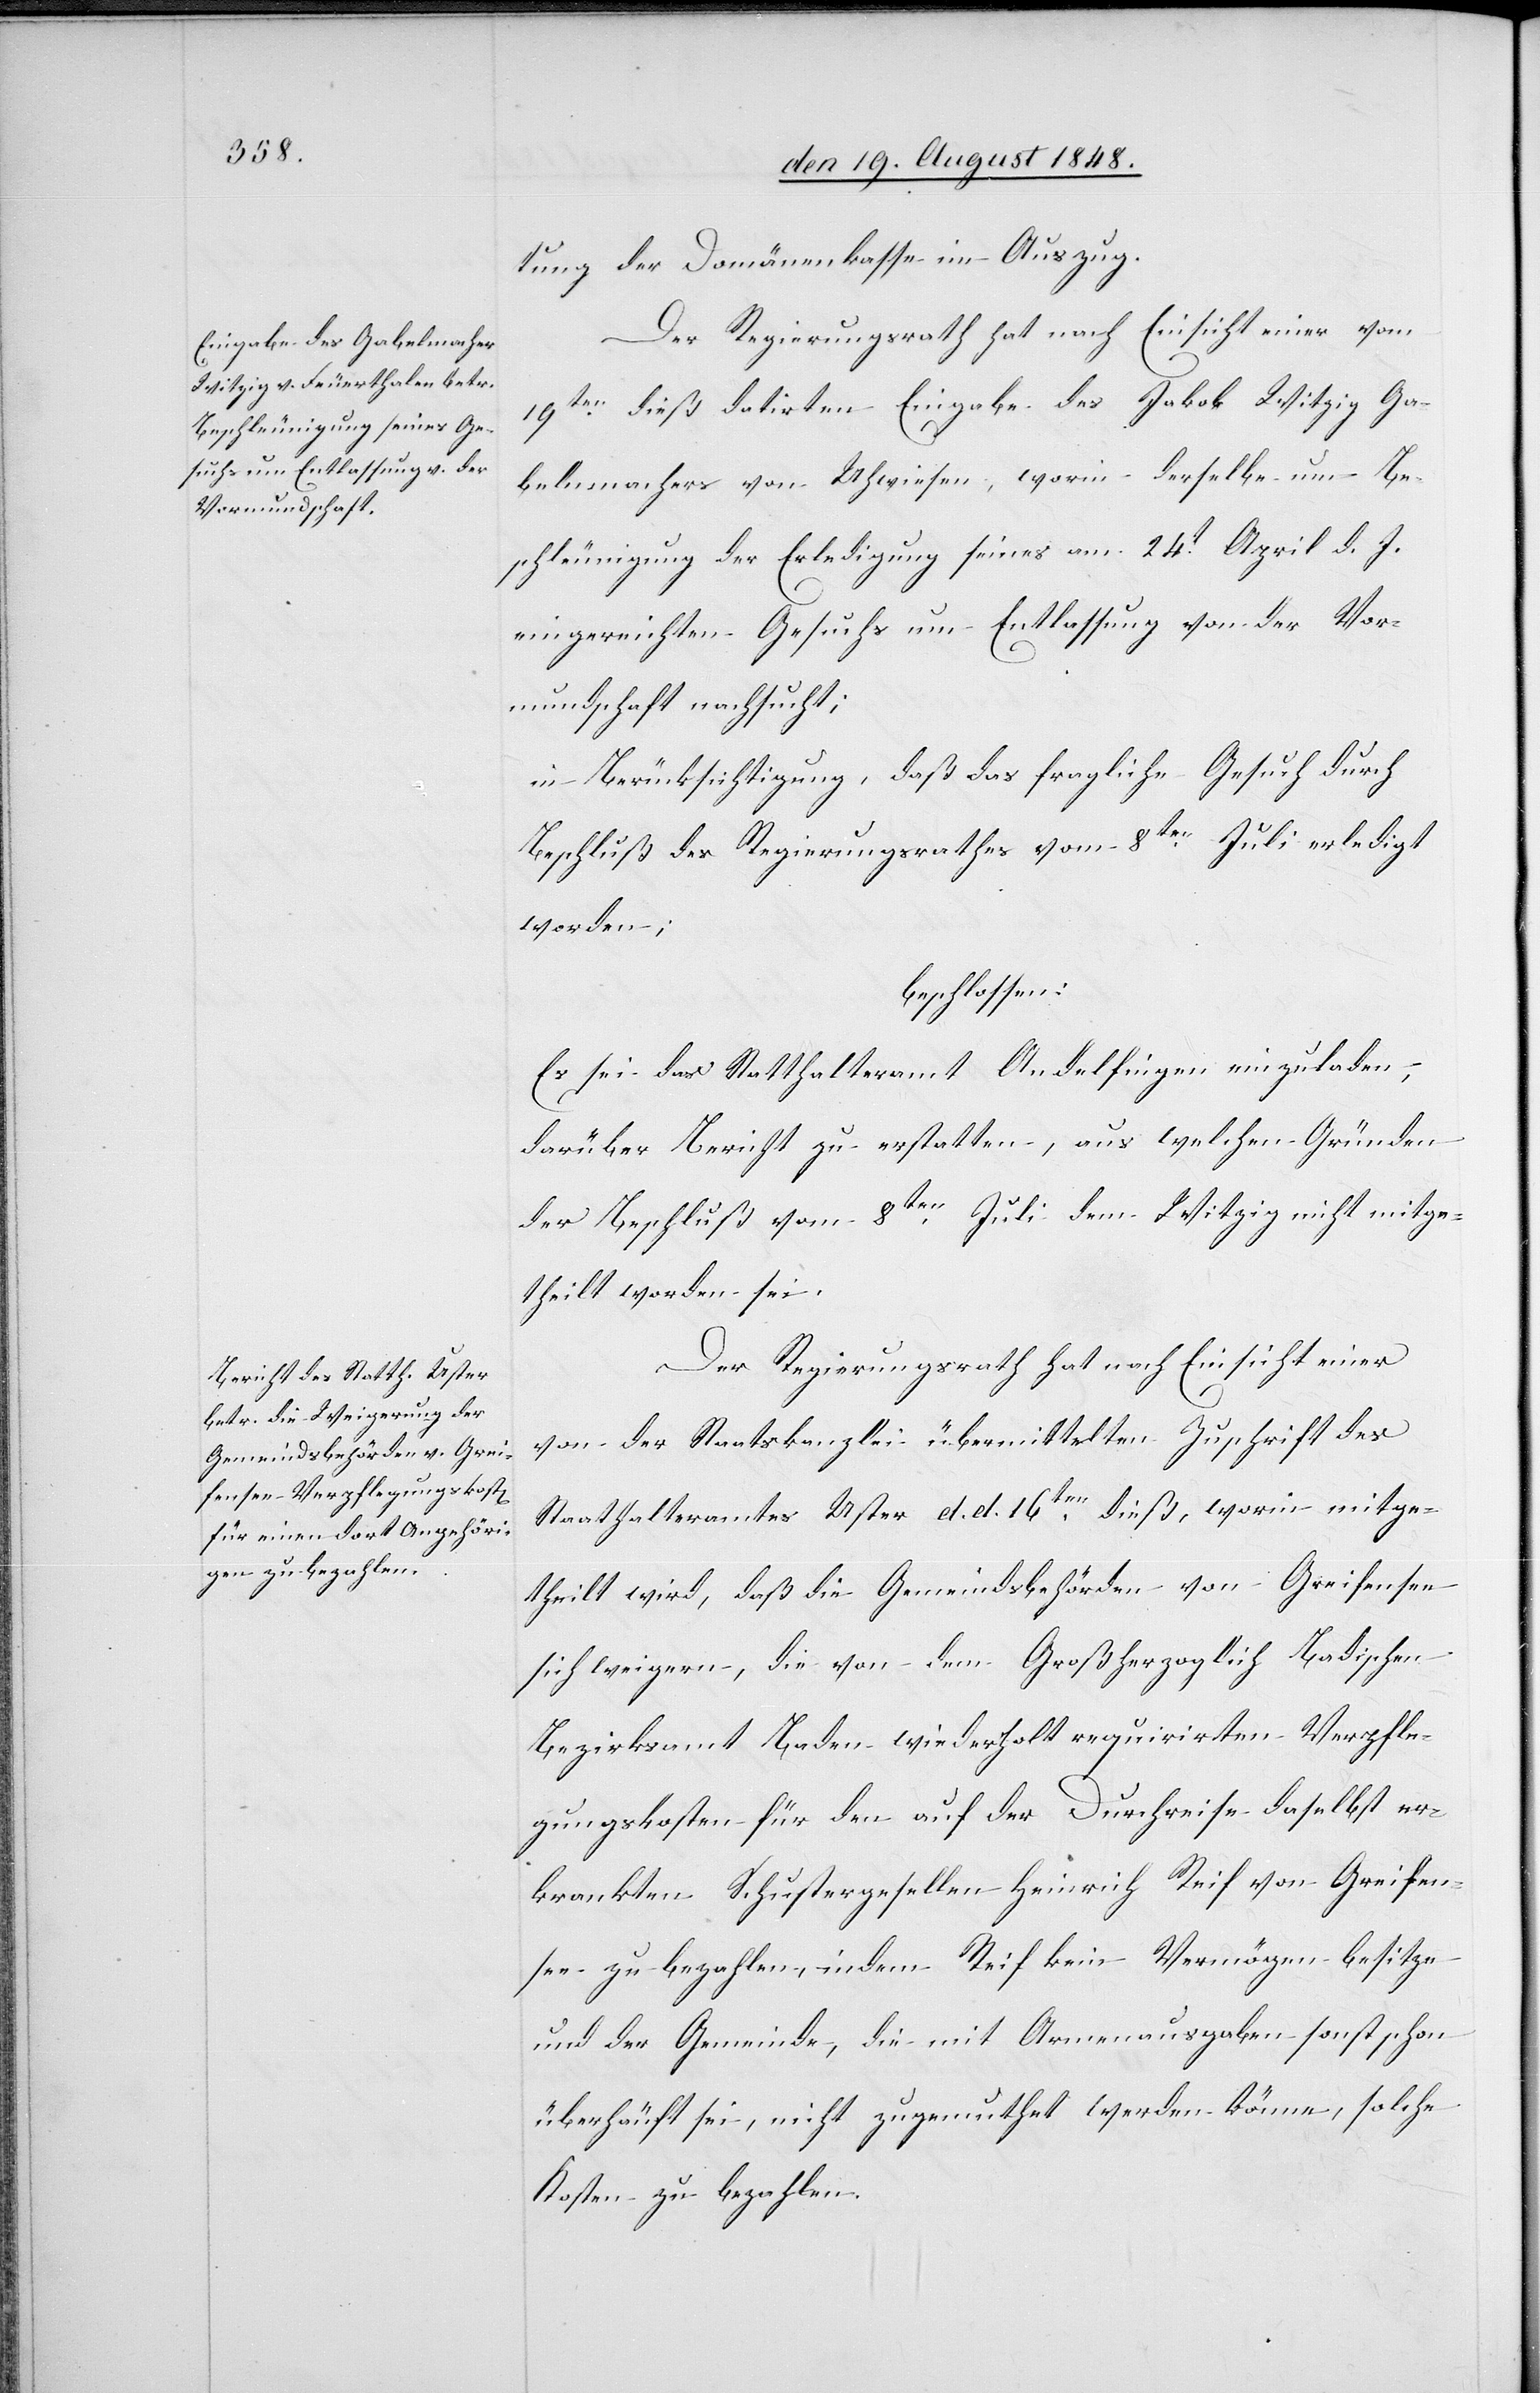
tung der Domänenkasse in Auszug.
Der Regierungsrath hat nach Einsicht einer vom
19ten dieß datirten Eingabe des Jakob Witzig Ga¬
belmachers von Uhwiesen, worin derselbe um Be¬
schleunigung der Erledigung seines am 24t April d. J.
eingereichten Gesuchs um Entlassung von der Vor¬
mundschaft nachgesucht;
in Berücksichtigung, daß das fragliche Gesuch durch
Beschluß des Regierungsrathes vom 8ten Juli erledigt
worden;
beschlossen:
Es sei das Statthalteramt Andelfingen einzuladen,
darüber Bericht zu erstatten, aus welchen Gründen
der Beschluß vom 8ten Juli dem Witzig nicht mitge¬
theilt worden sei.
Der Regierungsrath hat nach Einsicht einer
von der Staatskanzlei übermittelten Zuschrift des
Statthalteramtes Uster d. d. 16ten dieß, worin mitge¬
theilt wird, daß die Gemeindsbehörden von Greifensee
sich weigern, die von dem Großherzoglich Badischen
Bezirksamt Baden wiederholt requirirten Verpfle¬
gungskosten für den auf der Durchreise daselbst er¬
krankten Schustergesellen Heinrich Reif von Greifen¬
see zu bezahlen, indem Reif kein Vermögen besitze
und der Gemeinde, die mit Armenausgaben sonst schon
überhäuft sei, nicht zugemuthet werden könne, solche
Kosten zu bezahlen.